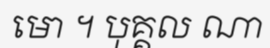
មោ ។ បុគ្គល ណា